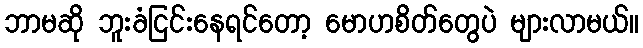
ဘာမဆို ဘူးခံငြင်းနေရင်တော့ မောဟစိတ်တွေပဲ များလာမယ်။